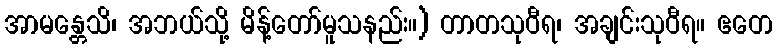
အာမန္တေသိ၊ အဘယ်သို့ မိန့်တော်မူသနည်း။) တာတသုဝီရ၊ အချင်းသုဝီရ။ ဧတေ